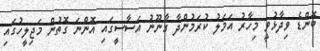
ބޮންޑެ ވިދާޅުވީ މިހާރު އަމަލު ކުރަމުންދާ ގާނޫނު އަސާސީގައި އޮންނަ ގޮތުން މަޖިލީހުގައި